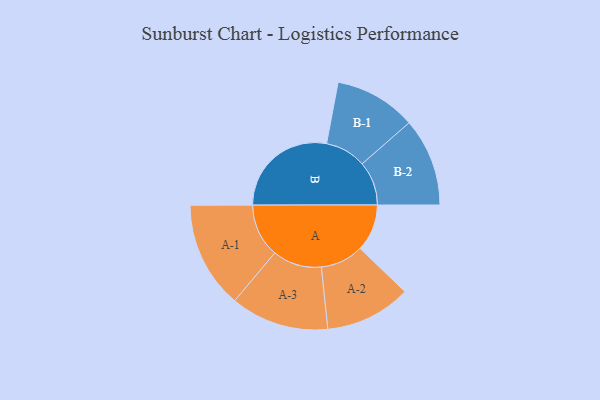
{"axis": {"x": "Segment", "y": "Value"}, "legend": ["", "A", "B"], "data": [{"x": "A", "y": 176, "type": ""}, {"x": "B", "y": 404, "type": ""}, {"x": "A-1", "y": 200, "type": "A"}, {"x": "A-2", "y": 161, "type": "A"}, {"x": "A-3", "y": 184, "type": "A"}, {"x": "B-1", "y": 153, "type": "B"}, {"x": "B-2", "y": 165, "type": "B"}]}